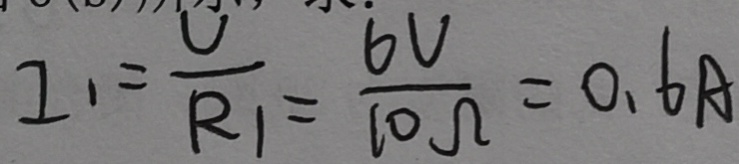
I _ { 1 } = \frac { U } { R _ { 1 } } = \frac { 6 V } { 1 0 \Omega } = 0 . 6 A